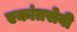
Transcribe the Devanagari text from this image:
एकांतसेवी